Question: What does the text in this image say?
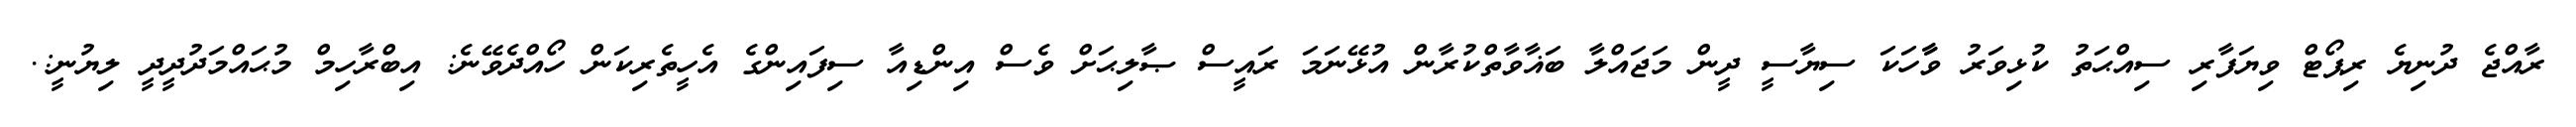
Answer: ރާއްޖެ ދުނިޔެ ރިޕޯޓް ވިޔަފާރި ސިއްޙަތު ކުޅިވަރު ވާާހަކަ ސިޔާސީ ދީން މަޖައްލާ ބަޣާވާތްކުރާން އުޅޭނަމަ ރައީސް ޞާލިޙަށް ވެސް އިންޑިއާ ސިފައިންގެ އެހީތެރިކަން ހޯއްދެވޭނެ: އިބްރާހިމް މުޙައްމަދުދީދީ ލިޔުނީ:.